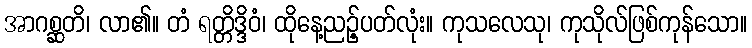
အာဂစ္ဆတိ၊ လာ၏။ တံ ရတ္တိဒ္ဒိဝံ၊ ထိုနေ့ညဉ့်ပတ်လုံး။ ကုသလေသု၊ ကုသိုလ်ဖြစ်ကုန်သော။